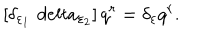
LaTeX: \left[ \delta _ { \varepsilon _ { 1 } } \, \, d e l t a _ { \varepsilon _ { 2 } } \right] q ^ { r } = \delta _ { \varepsilon } q ^ { r } .